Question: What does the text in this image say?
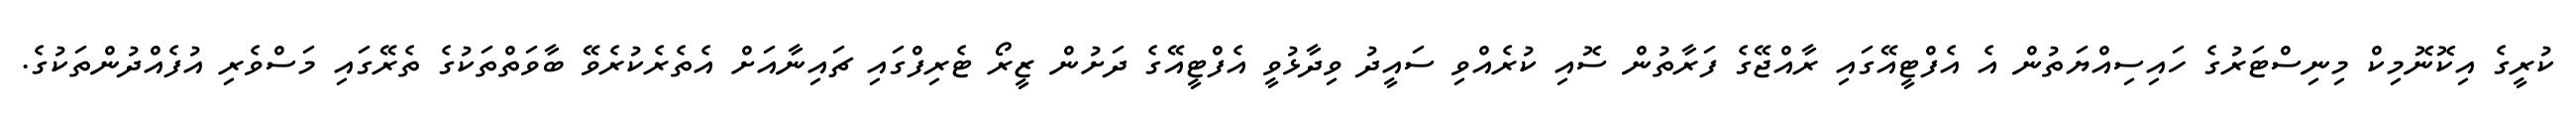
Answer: ކުރީގެ އިކޮނޮމިކް މިނިސްޓަރުގެ ހައިސިއްޔަތުން އެ އެފްޓީއޭގައި ރާއްޖޭގެ ފަރާތުން ސޮއި ކުރެއްވި ސައީދު ވިދާޅުވީ އެފްޓީއޭގެ ދަށުން ޒީރޯ ޓެރިފްގައި ޗައިނާއަށް އެތެރެކުރެވޭ ބާވަތްތަކުގެ ތެރޭގައި މަސްވެރި އުފެއްދުންތަކުގެ.